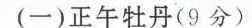
(一)正午牡丹(9分)